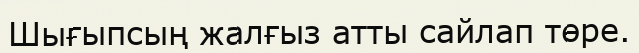
Шығыпсың жалғыз атты сайлап төре.